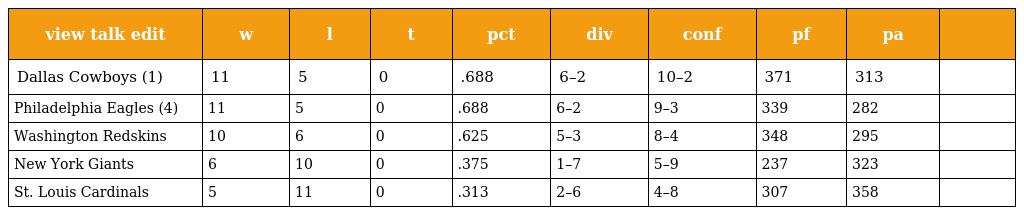
| view talk edit | w | l | t | pct | div | conf | pf | pa |  |
 | --- | --- | --- | --- | --- | --- | --- | --- | --- | --- |
 | Dallas Cowboys (1) | 11 | 5 | 0 | .688 | 6–2 | 10–2 | 371 | 313 |  |
 | Philadelphia Eagles (4) | 11 | 5 | 0 | .688 | 6–2 | 9–3 | 339 | 282 |  |
 | Washington Redskins | 10 | 6 | 0 | .625 | 5–3 | 8–4 | 348 | 295 |  |
 | New York Giants | 6 | 10 | 0 | .375 | 1–7 | 5–9 | 237 | 323 |  |
 | St. Louis Cardinals | 5 | 11 | 0 | .313 | 2–6 | 4–8 | 307 | 358 |  |